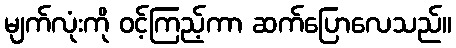
မျက်လုံးကို ဝင့်ကြည့်ကာ ဆက်ပြောလေသည်။